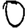
Digit: 0